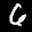
Label: 6